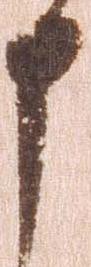
申